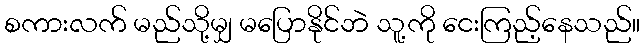
စကားလက် မည်သို့မျှ မပြောနိုင်ဘဲ သူ့ကို ငေးကြည့်နေသည်။